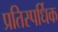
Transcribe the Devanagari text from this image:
प्रतिस्पर्धिक